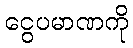
ငွေပမာဏကို